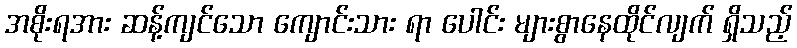
အစိုးရအား ဆန့်ကျင်သော ကျောင်းသား ရာ ပေါင်း များစွာနေထိုင်လျက် ရှိသည့်